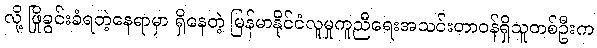
လို့ ဖြိုခွင်းခံရတဲ့နေရာမှာ ရှိနေတဲ့ မြန်မာနိုင်ငံလူမှုကူညီရေးအသင်းတာဝန်ရှိသူတစ်ဦးက